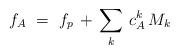
LaTeX: \begin{align*}f_A\ =\ f_p\, +\, \sum_k\, c^k_A\, M_k\end{align*}